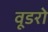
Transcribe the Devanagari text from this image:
वूडरो